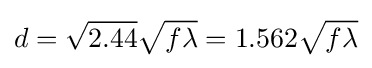
d={\sqrt {2.44}}{\sqrt {f\lambda }}=1.562{\sqrt {f\lambda }}